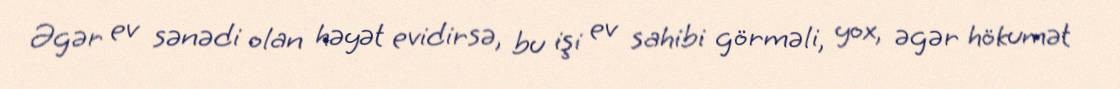
Əgər ev sənədi olan həyət evidirsə, bu işi ev sahibi görməli, yox, əgər hökumət